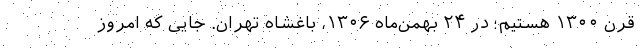
قرن ۱۳۰۰ هستیم؛ در ۲۴ بهمن‌‌ماه ۱۳۰۶، باغشاه تهران. جایی که امروز